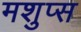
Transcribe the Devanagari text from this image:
मशुप्स